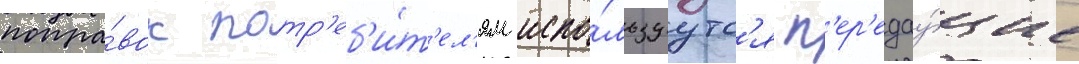
попра́вок потр'еб'и́т'ел'ям испо́льзуутс'я п'ер'едау́щие